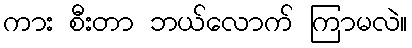
ကား စီးတာ ဘယ်လောက် ကြာမလဲ။